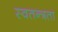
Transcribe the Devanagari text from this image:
स्‍वतन्त्रता